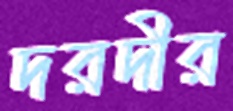
দরদীর